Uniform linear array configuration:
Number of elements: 8
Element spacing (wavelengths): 0.25
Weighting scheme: kaiser
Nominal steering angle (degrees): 15
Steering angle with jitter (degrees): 16.628
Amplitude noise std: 0.05
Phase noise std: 0.05

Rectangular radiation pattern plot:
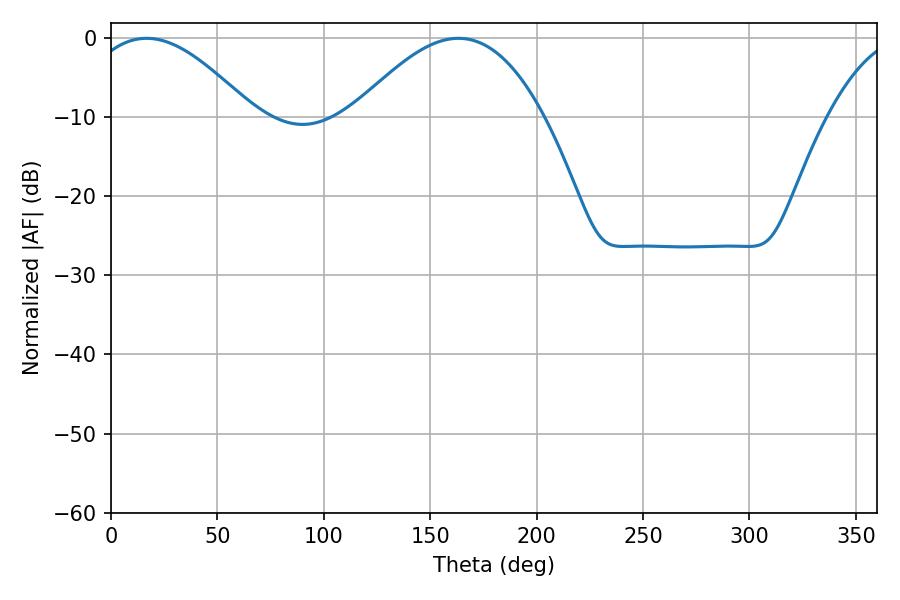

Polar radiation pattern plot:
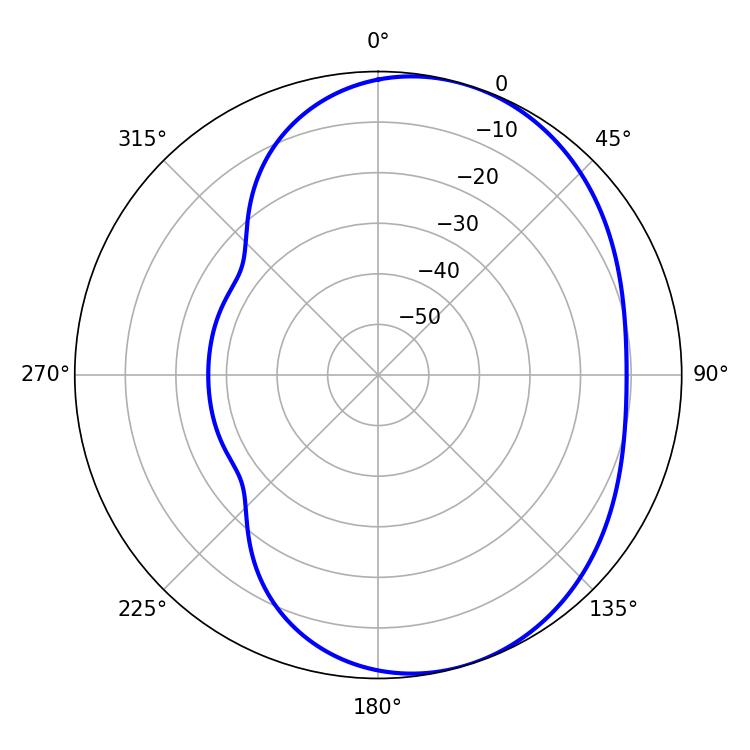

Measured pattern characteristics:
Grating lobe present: FALSE
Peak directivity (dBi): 4.983
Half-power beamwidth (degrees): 42.66
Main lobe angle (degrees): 16.74